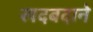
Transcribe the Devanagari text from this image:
खदबदाने